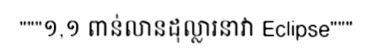
"""១,១ ពាន់លានដុល្លារនាវា Eclipse"""